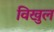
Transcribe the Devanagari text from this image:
विखुल